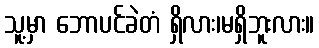
သူ့မှာ ဘောပင်ခဲတံ ရှိလား၊မရှိဘူးလား။